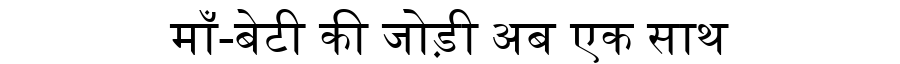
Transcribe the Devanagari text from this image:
माँ-बेटी की जोड़ी अब एक साथ